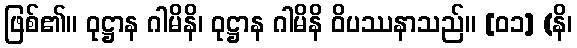
ဖြစ်၏။ ဝုဋ္ဌာန ဂါမိနိ၊ ဝုဋ္ဌာန ဂါမိနိ ဝိပဿနာသည်။ [၀၁] (နိ၊